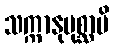
သက္ကာနုပုစ္ဆာမိ